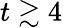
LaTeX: t\gtrsim 4